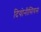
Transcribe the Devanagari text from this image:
दियोनीसियस